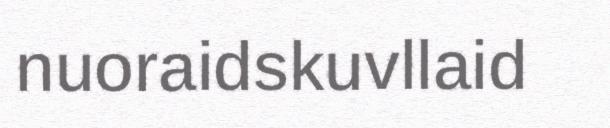
nuoraidskuvllaid